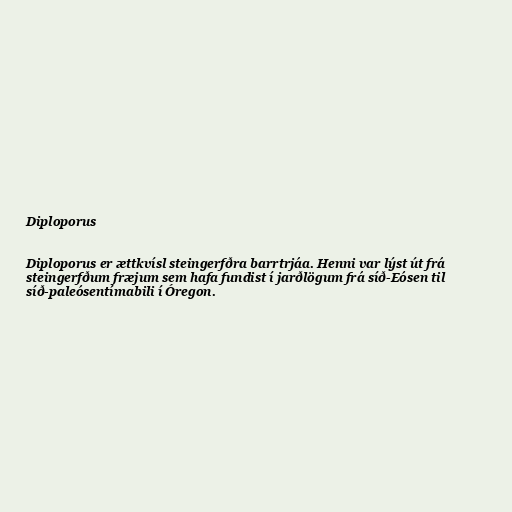
Diploporus

Diploporus er ættkvísl steingerfðra barrtrjáa. Henni var lýst út frá
steingerfðum fræjum sem hafa fundist í jarðlögum frá síð-Eósen til
síð-paleósentímabili í Óregon.